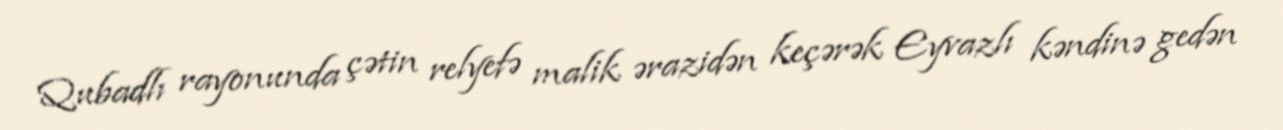
Qubadlı rayonunda çətin relyefə malik ərazidən keçərək Eyvazlı kəndinə gedən